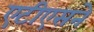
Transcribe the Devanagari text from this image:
एटीएसने